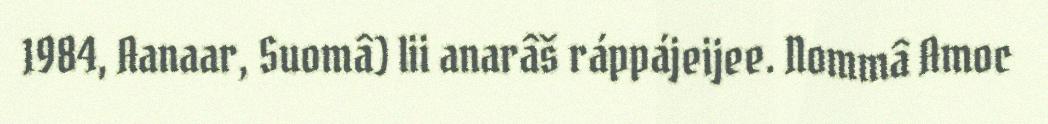
1984, Aanaar, Suomâ) lii anarâš ráppájeijee. Nommâ Amoc